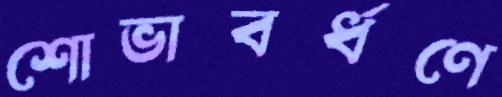
শোভাবর্ধণে